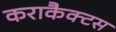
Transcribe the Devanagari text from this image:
कराकैक्टस